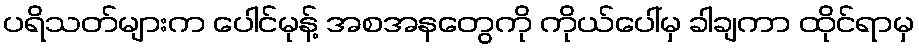
ပရိသတ်များက ပေါင်မုန့် အစအနတွေကို ကိုယ်ပေါ်မှ ခါချကာ ထိုင်ရာမှ